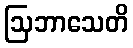
ဩဘာသေတိ